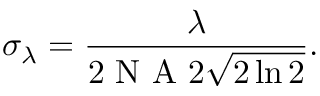
\sigma _ { \lambda } = \frac { \lambda } { 2 \mathrm { ~ N ~ A ~ } 2 \sqrt { 2 \ln { 2 } } } .